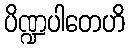
ပိဏ္ဍပါတေဟိ